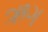
ઋગ